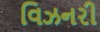
વિઝનરી